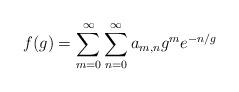
LaTeX: \begin{align*}f(g)=\sum_{m=0}^\infty\sum_{n=0}^\infty a_{m,n} g^me^{-n/g}\end{align*}